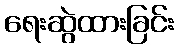
ရေးဆွဲထားခြင်း